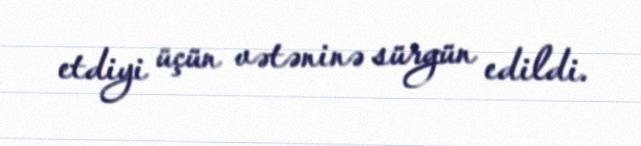
etdiyi üçün vətəninə sürgün edildi.